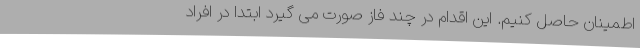
اطمینان حاصل کنیم. این اقدام در چند فاز صورت می گیرد ابتدا در افراد